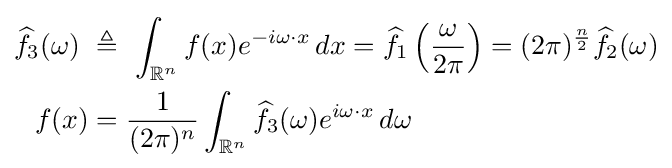
{\begin{aligned}{\widehat {f}}_{3}(\omega )\ &\triangleq \ \int _{\mathbb {R} ^{n}}f(x)e^{-i\omega \cdot x}\,dx={\widehat {f}}_{1}\left({\frac {\omega }{2\pi }}\right)=(2\pi )^{\frac {n}{2}}{\widehat {f}}_{2}(\omega )\\f(x)&={\frac {1}{(2\pi )^{n}}}\int _{\mathbb {R} ^{n}}{\widehat {f}}_{3}(\omega )e^{i\omega \cdot x}\,d\omega \end{aligned}}